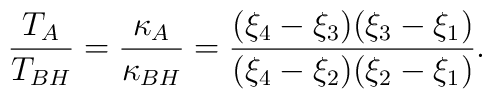
\frac{T_A}{T_{BH}}=\frac{\kappa_A}{\kappa_{BH}}=\frac{(\xi_4-\xi_3)(\xi_3-\xi_1)}{(\xi_4-\xi_2)(\xi_2-\xi_1)}.